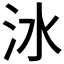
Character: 𣲙